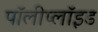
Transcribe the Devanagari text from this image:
पॉलीप्लॉइड